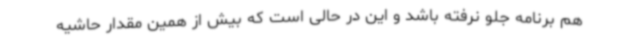
هم برنامه جلو نرفته باشد و این در حالی است که بیش از همین مقدار حاشیه